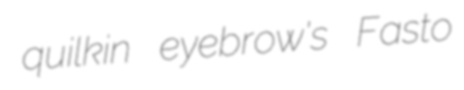
quilkin eyebrow's Fasto